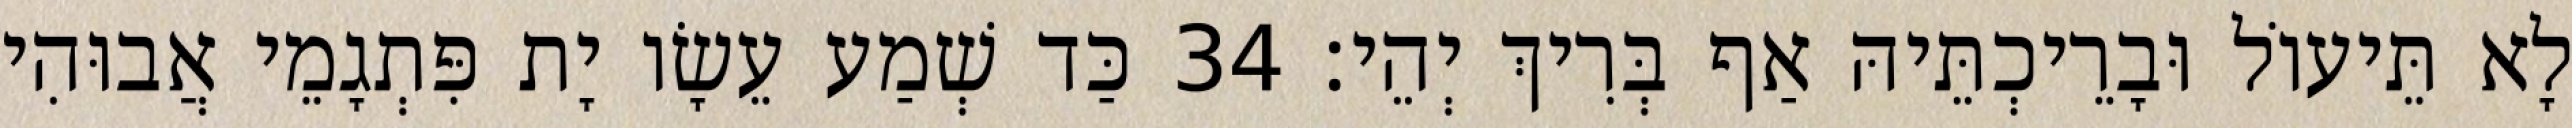
לָא תֵּיעוֹל וּבָרֵיכְתֵּיהּ אַף בְּרִיךְ יְהֵי׃ 34 כַּד שְׁמַע עֵשָׂו יָת פִּתְגָמֵי אֲבוּהִי